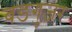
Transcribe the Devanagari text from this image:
बडगुजर